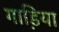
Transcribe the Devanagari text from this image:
गाडि़या